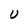
Character: U